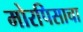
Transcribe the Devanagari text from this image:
मोरपिसाचा